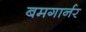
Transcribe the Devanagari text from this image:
बमगार्नर